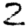
Digit: 2